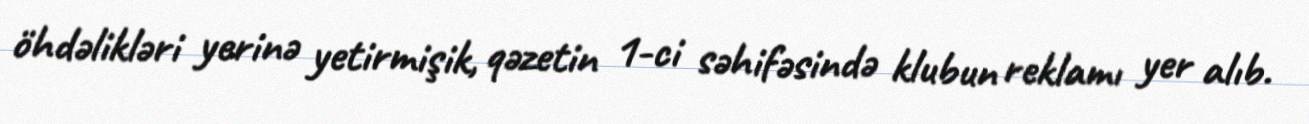
öhdəlikləri yerinə yetirmişik, qəzetin 1-ci səhifəsində klubun reklamı yer alıb.